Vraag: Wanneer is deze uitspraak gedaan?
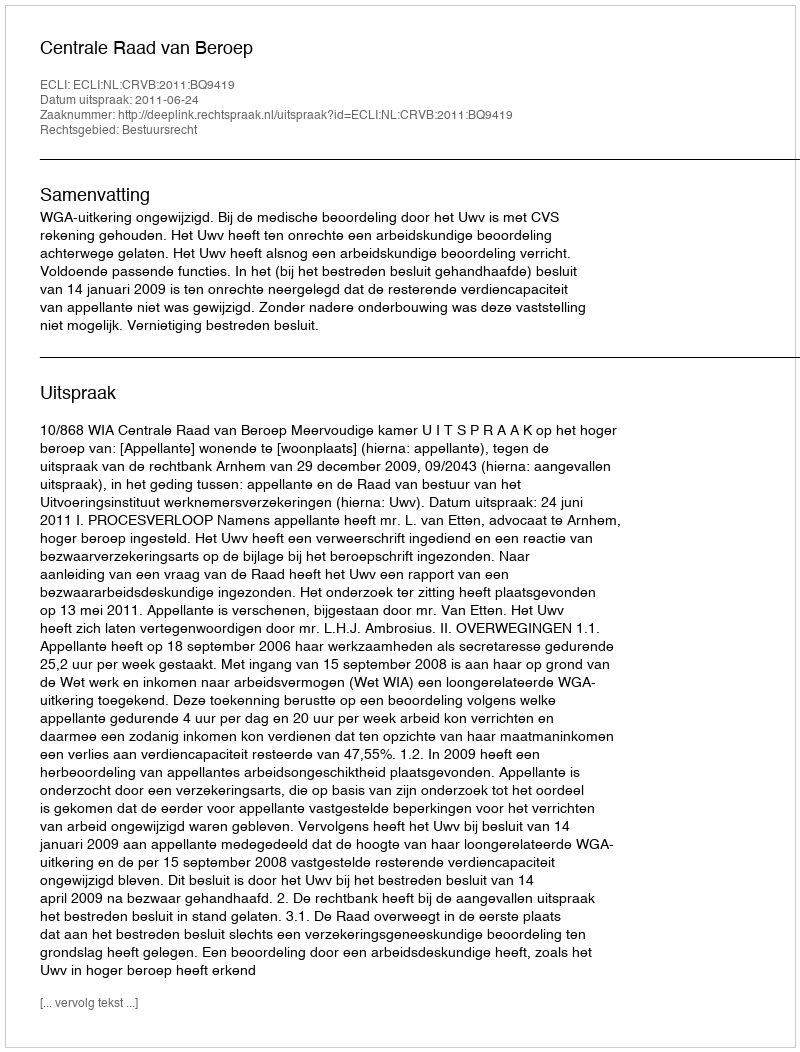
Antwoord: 2011-06-24